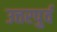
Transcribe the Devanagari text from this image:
उत्तरपुर्व